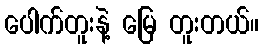
ပေါက်တူးနဲ့ မြေ တူးတယ်။